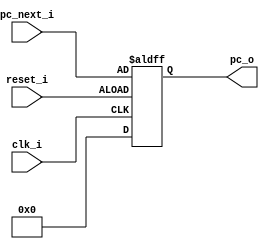
module program_counter(
    input clk_i,
    input reset_i,
    input [31:0] pc_next_i,
    output reg [31:0] pc_o
);
    always @(posedge clk_i or negedge reset_i) begin
        if (reset_i) pc_o = 32'd0;
        else begin
            pc_o = pc_next_i;
        end
    end
endmodule